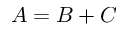
A = B + C